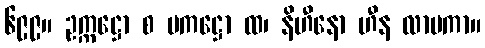
၆၉၉။ ဥက္ကဋ္ဌော စ ပကဋ္ဌော ထ၊ နိဟီနော ဟီန လာမကာ။